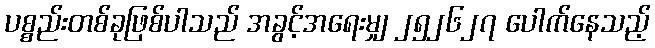
ပစ္စည်းတစ်ခုဖြစ်ပါသည် အခွင့်အရေးမျှ ၂၅၂၆၂၇ ပေါက်နေသည့်